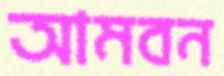
আমবন